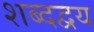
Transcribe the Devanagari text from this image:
शब्दद्वय